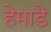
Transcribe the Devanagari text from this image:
हेमाडे